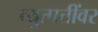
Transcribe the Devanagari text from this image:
व्युत्पत्तींवर